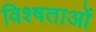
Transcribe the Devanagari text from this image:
विश्षताओं